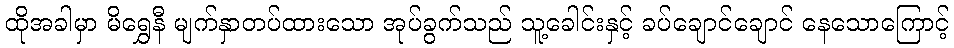
ထိုအခါမှာ မိရွှေနီ မျက်နှာတပ်ထားသော အုပ်ခွက်သည် သူ့ခေါင်းနှင့် ခပ်ချောင်ချောင် နေသောကြောင့်